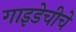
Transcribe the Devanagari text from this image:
गाइडेचीचे